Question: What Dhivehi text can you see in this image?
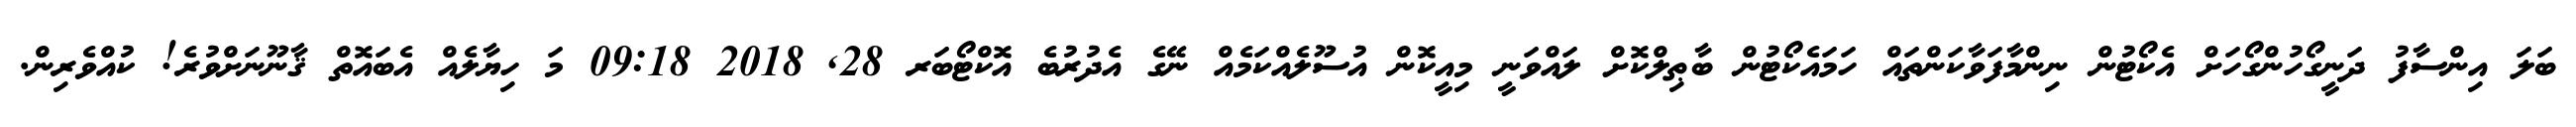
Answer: ބަލަ އިންސާފު ދަނީގޯހުންގޯހަށް އެކޯޓުން ނިންމާފަވާކަންތައް ހަމައެކޯޓުން ބާޠިލްކޮށް ލައްވަނީ މިއީކޮން އުސޫލެއްކަމެއް ނޭގެ އެދުރުބެ އޮކްޓޯބަރ 28, 2018 09:18 މަ ހިޔާލެއް އެބައޮތް ޤާނޫނަށްވުރެ! ކުއްވެރިން.